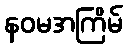
နဝမအကြိမ်